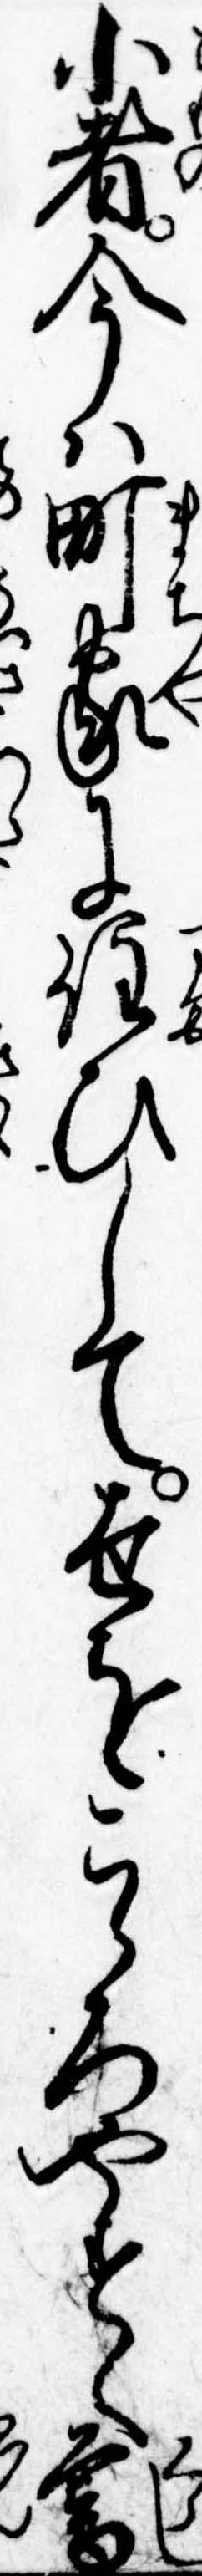
小者今は町家に住ひして世をこゝろやすく暮